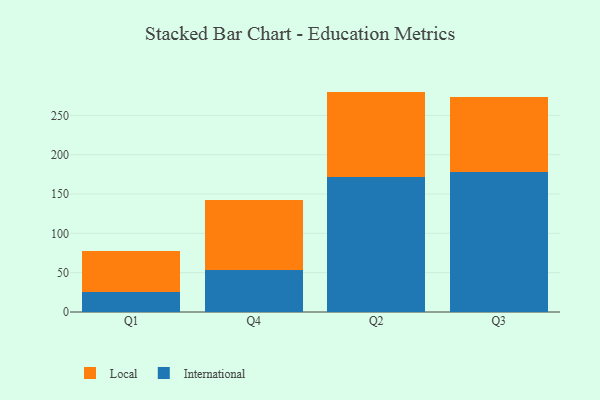
{"axis": {"x": "Quarter", "y": "Website Visitors"}, "legend": ["International", "Local"], "data": [{"x": "Q1", "y": 25.3, "type": "International"}, {"x": "Q1", "y": 51.8, "type": "Local"}, {"x": "Q4", "y": 53.0, "type": "International"}, {"x": "Q4", "y": 89.0, "type": "Local"}, {"x": "Q2", "y": 172.2, "type": "International"}, {"x": "Q2", "y": 108.0, "type": "Local"}, {"x": "Q3", "y": 177.5, "type": "International"}, {"x": "Q3", "y": 96.0, "type": "Local"}]}